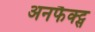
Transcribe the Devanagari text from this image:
अनफैक्ट्स